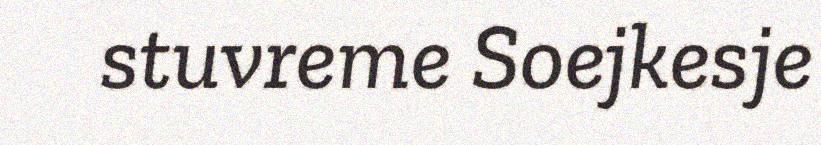
stuvreme Soejkesje